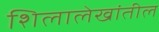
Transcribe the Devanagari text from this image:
शिलालेखांतील